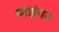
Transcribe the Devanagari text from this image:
बाझंपन